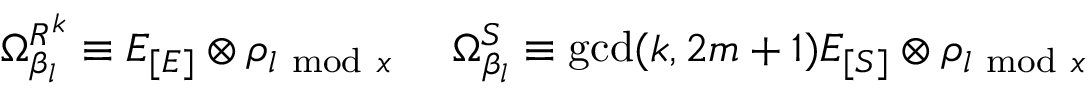
\Omega _ { \beta _ { l } } ^ { R ^ { k } } \equiv E _ { [ E ] } \otimes \rho _ { l \mathrm { ~ m o d ~ } x } ~ ~ ~ ~ \Omega _ { \beta _ { l } } ^ { S } \equiv \mathrm { g c d } ( k , 2 m + 1 ) E _ { [ S ] } \otimes \rho _ { l \mathrm { ~ m o d ~ } x }